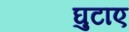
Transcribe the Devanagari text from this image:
घुटाए